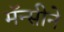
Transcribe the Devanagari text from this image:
मॅन्सीने